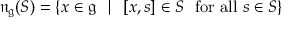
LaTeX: { \mathfrak { n } } _ { \mathfrak { g } } ( S ) = \{ x \in { \mathfrak { g } } \ \mid \ [ x , s ] \in S \ { \mathrm { ~ f o r ~ a l l } } \ s \in S \}